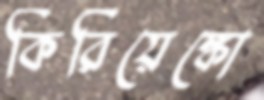
কিরিয়েঙ্কো